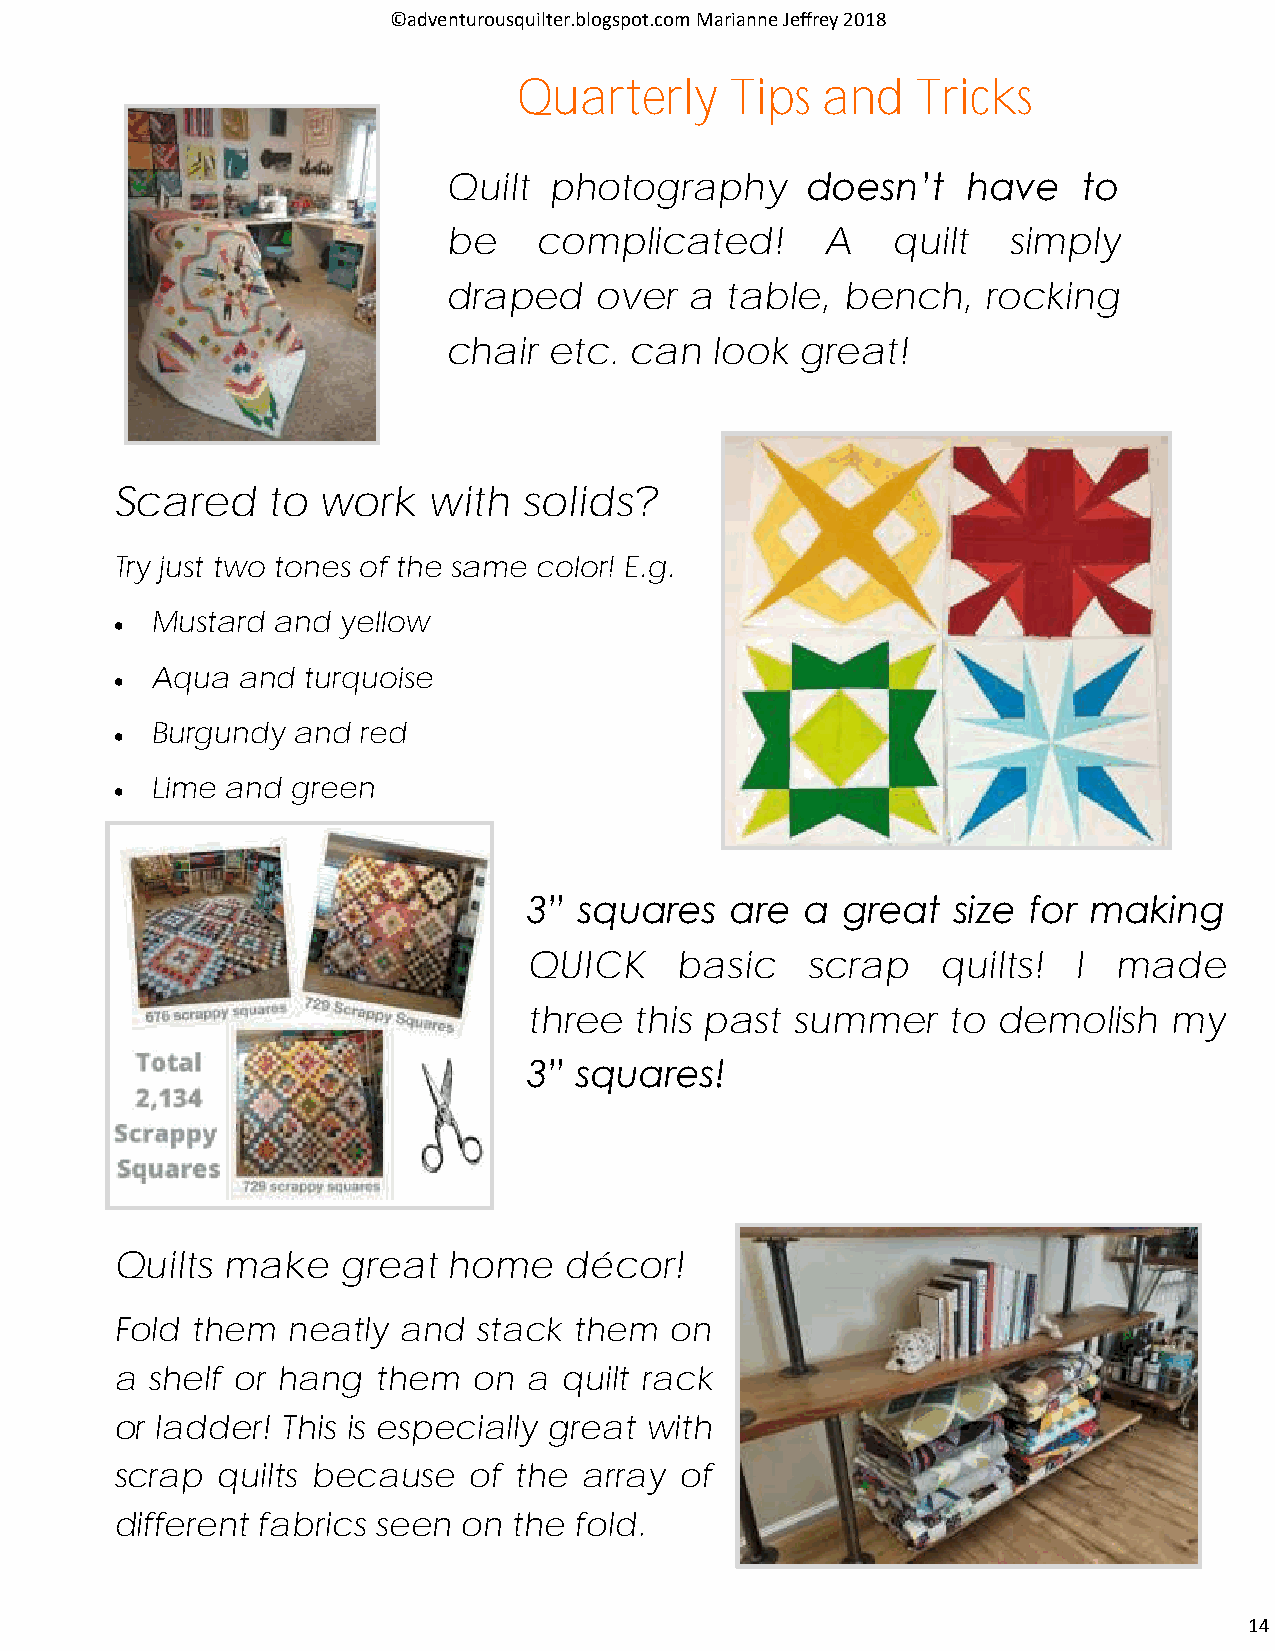
©adventurousquilter.blogspot.com Marianne Jeffrey 2018
 Quarterly     Tips  and    Tricks
 Quilt photography      doesn’t    have    to
 be    complicated!       A   quilt   simply
 draped   over   a table,  bench,   rocking
 chair etc.  can  look  great!
 Scared    to work   with   solids?
 Try just two tones of the same color! E.g.
 Mustard and yellow
 •
 Aqua  and turquoise
 •
 Burgundy and  red
 •
 Lime and green
 •
 3” squares   are  a  great  size for making
 QUICK     basic   scrap    quilts!  I  made
 three  this past  summer    to demolish   my
 3” squares!
 Quilts make    great  home   décor!
 Fold them  neatly and   stack them  on
 a shelf or hang  them  on  a quilt rack
 or ladder! This is especially great with
 scrap quilts because   of the  array of
 different fabrics seen on the fold.
 14